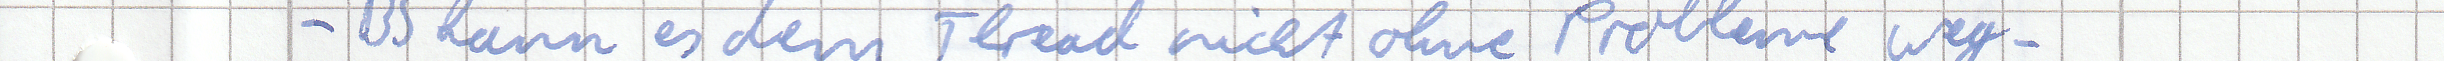
- BS kann es dem Thread nicht ohne Probleme weg -